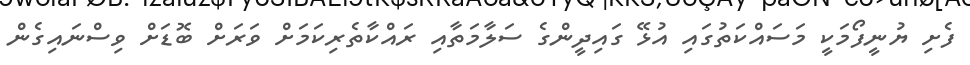
ފެށި ޔުނީފޯމަކީ މަސައްކަތުގައި އުޅޭ ގައިދީންގެ ސަލާމަތާއި ރައްކާތެރިކަމަށް ވަރަށް ބޮޑަށް ވިސްނައިގެން